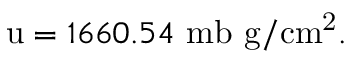
\mathrm { u } = 1 6 6 0 . 5 4 \mathrm { ~ m b ~ g / c m ^ { 2 } } .